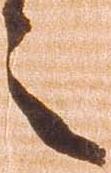
之